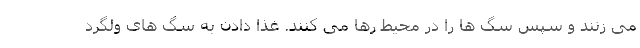
می زنند و سپس سگ ها را در محیط رها می کنند. غذا دادن به سگ های ولگرد